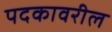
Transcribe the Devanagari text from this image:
पदकावरील